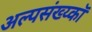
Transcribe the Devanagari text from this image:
अल्पसंख्य्कॉ